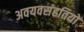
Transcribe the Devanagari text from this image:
अवयवसंहतियों